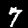
Label: 7